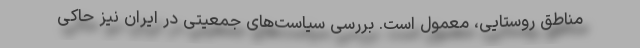
مناطق روستایی، معمول است. بررسی سیاست‌های جمعیتی در ایران نیز حاکی